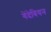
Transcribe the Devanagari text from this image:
गेंदेबियन